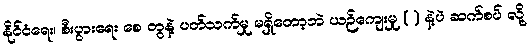
နိုင်ငံရေး၊ စီးပွားရေး စေ တွနဲ့ ပတ်သက်မှု မရှိတော့ဘဲ ယဉ်ကျေးမှု ( ) နဲ့ပဲ ဆက်စပ် လို့